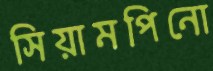
সিয়ামপিনো